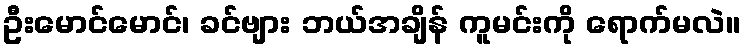
ဦးမောင်မောင်၊ ခင်ဗျား ဘယ်အချိန် ကူမင်းကို ရောက်မလဲ။